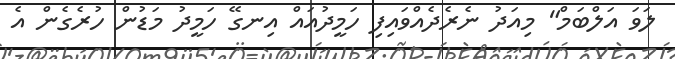
ލަވަ އަލްބަމް" މިއަދު ނެރެދެއްވައިފި ހަމީދުއައް އިނގޭ ހަމީދު މަޑުން ހުރެގެން އެ